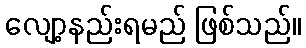
လျော့နည်းရမည် ဖြစ်သည်။